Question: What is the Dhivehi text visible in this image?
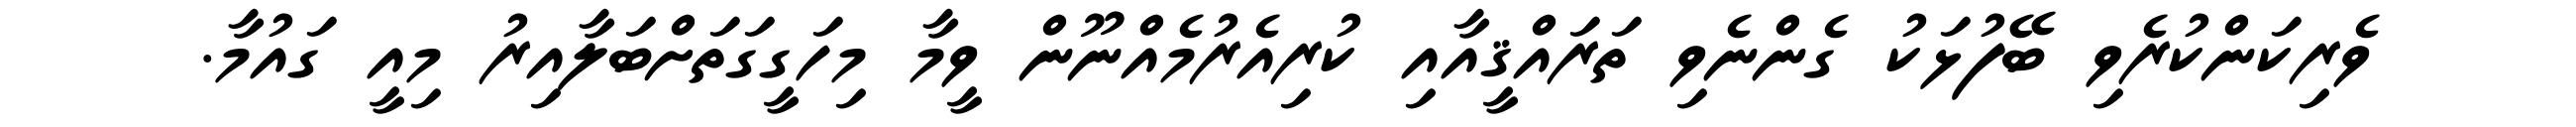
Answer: ވެރިކަންކުރެވި ބޭފުޅަކު ގެންނެވި ތަރައްޤީއާއި ކުރިއެރުމެއްނޫން ވީމާ މިހަގީގަތަށްބަލާއިރު މިއީ ގައުމާ.